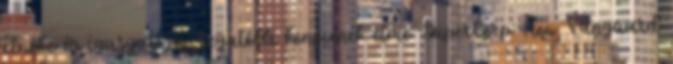
elnöke és igazgatója. Legutóbbi könyvének címe: SuperCorp: How Vanguard